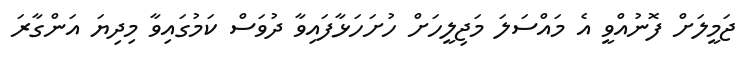
ޖަމީލަށް ފޮނުއްވީ އެ މައްސަލަ މަޖިލީހަށް ހުށަހަޅާފައިވާ ދުވަސް ކަމުގައިވާ މިދިޔަ އަންގާރަ